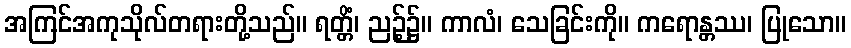
အကြင်အကုသိုလ်တရားတို့သည်။ ရတ္တိံ၊ ညဉ့်၌။ ကာလံ၊ သေခြင်းကို။ ကရောန္တဿ၊ ပြုသော။